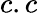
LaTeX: c.c